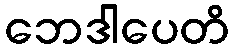
ဘေဒါပေတိ